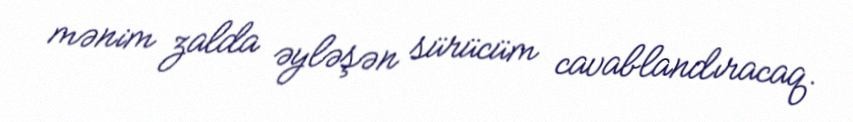
mənim zalda əyləşən sürücüm cavablandıracaq.